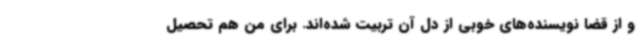
و از قضا نویسنده‌های خوبی از دل آن تربیت شده‌اند. برای من هم تحصیل